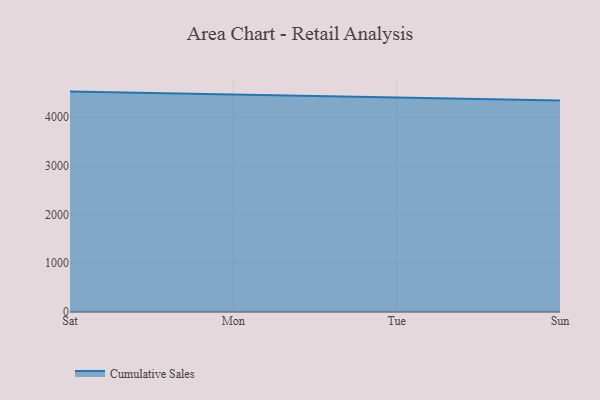
{"axis": {"x": "Day", "y": "Churn Rate (%)"}, "legend": ["Cumulative Sales"], "data": [{"x": "Sat", "y": 4519.0, "type": "Cumulative Sales"}, {"x": "Mon", "y": 4457.8, "type": "Cumulative Sales"}, {"x": "Tue", "y": 4401.8, "type": "Cumulative Sales"}, {"x": "Sun", "y": 4336.1, "type": "Cumulative Sales"}]}